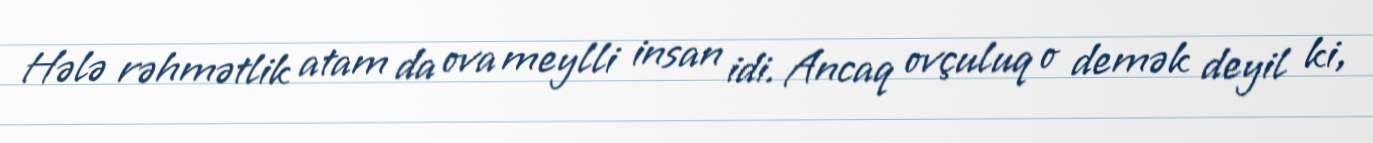
Hələ rəhmətlik atam da ova meylli insan idi. Ancaq ovçuluq o demək deyil ki,